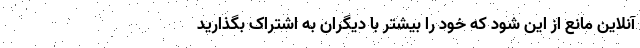
آنلاین مانع از این شود که خود را بیشتر با دیگران به اشتراک بگذارید